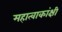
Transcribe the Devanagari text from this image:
महात्वाकांक्षी